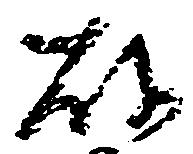
故